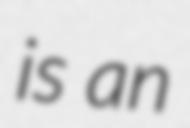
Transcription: is an